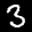
Label: 3